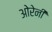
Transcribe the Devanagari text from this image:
ओरेनी